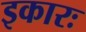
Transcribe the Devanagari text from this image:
इकारः